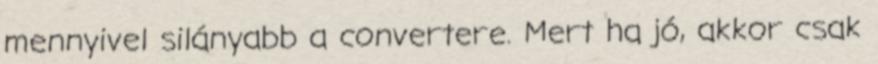
mennyivel silányabb a convertere. Mert ha jó, akkor csak